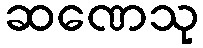
ဆဏေသု